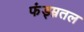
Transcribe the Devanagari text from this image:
फंड्म्नतल